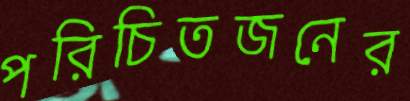
পরিচিতজনের